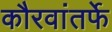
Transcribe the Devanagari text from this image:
कौरवांतर्फे